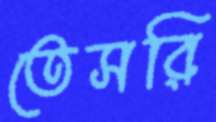
তেসরি